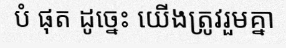
បំ ផុត ដូច្នេះ យើងត្រូវរួមគ្នា